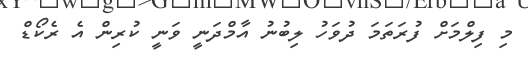
މި ފިލްމަށް ފުރަތަމަ ދުވަހު ލިބުނު އާމްދަނީ ވަނީ ކުރިން އެ ރެކޯޑް